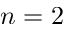
n = 2